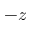
- z